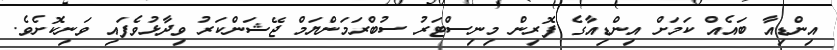
އިންޑިއާ ބައެއް ކަމަށް އިންޑިއާގެ ފޮރިން މިނިސްޓަރު ސުބްރަމަންޔަމް ޖޭޝަންކަރު ވިދާޅުވެފައި ވަނިކޮށެވެ.